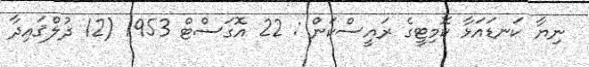
ނިޔާ ކަނޑައަޅާ ކޮމިޓީގެ ރައީސްކަން : 22 އޮގަސްޓް 1953 (12 ޛުލްޤައިދާ